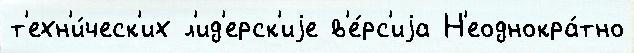
т'ехн'и́ческ'их л'ид'ерск'иjе в'е́рс'иjа Н'еоднокра́тно